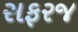
સફરજ